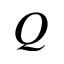
\b { Q }